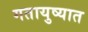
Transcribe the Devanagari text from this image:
गतायुष्यात